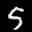
Label: 5